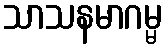
သာသနမာဂမ္မ